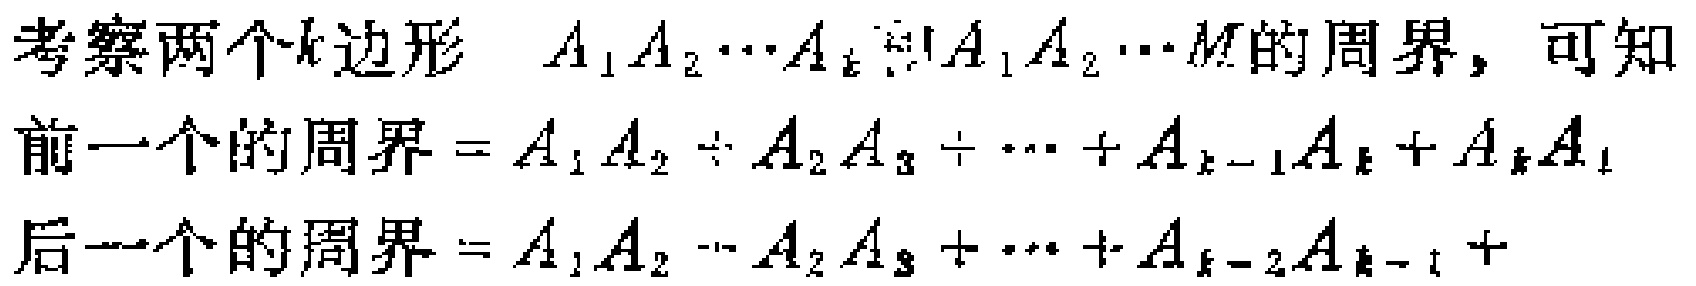
考察两个\(k\)边形 \(A_{1}A_{2}\cdots A_{k}\)和\(A_{1}A_{2}\cdots M\)的周界，可知

前一个的周界\(=A_{1}A_{2}+A_{2}A_{3}+\cdots +A_{k - 1}A_{k}+A_{k}A_{1}\)

后一个的周界\(=A_{1}A_{2}+A_{2}A_{3}+\cdots +A_{k - 2}A_{k - 1}+\)